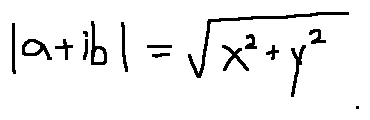
| a + i b | = \sqrt { x ^ { 2 } + y ^ { 2 } }